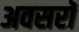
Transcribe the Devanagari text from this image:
अवसरॉ